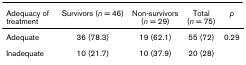
<table><thead><tr><td><b>Adequacy of treatment</b></td><td><b>Survivors (<i>n </i>= 46)</b></td><td><b>Non-survivors (<i>n </i>= 29)</b></td><td><b>Total (<i>n </i>= 75)</b></td><td><b><i>p</i></b></td></tr></thead><tbody><tr><td>Adequate</td><td>36 (78.3)</td><td>19 (62.1)</td><td>55 (72)</td><td>0.29</td></tr><tr><td>Inadequate</td><td>10 (21.7)</td><td>10 (37.9)</td><td>20 (28)</td><td></td></tr></tbody></table>